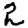
Digit: 2